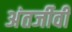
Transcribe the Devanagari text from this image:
अंतर्जीवी